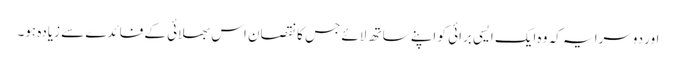
اور دوسرا یہ کہ وہ ایک ایسی برائی کو اپنے ساتھ لائے جس کا نقصان اس بھلائی کے فائدے سے زیادہ ہو۔